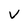
Character: v